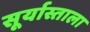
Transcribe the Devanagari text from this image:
सूर्यास्ताला